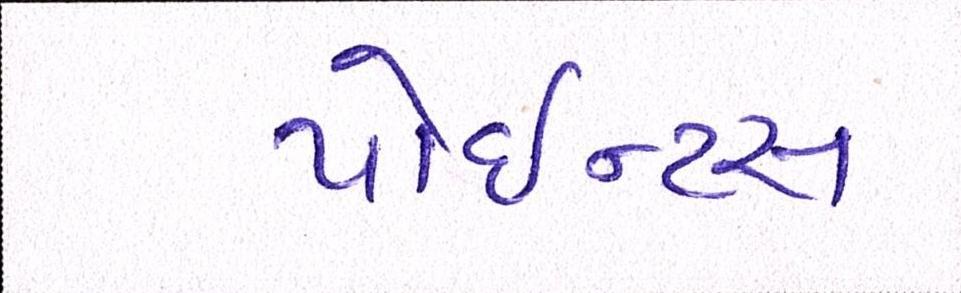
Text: પોઇન્ટસ